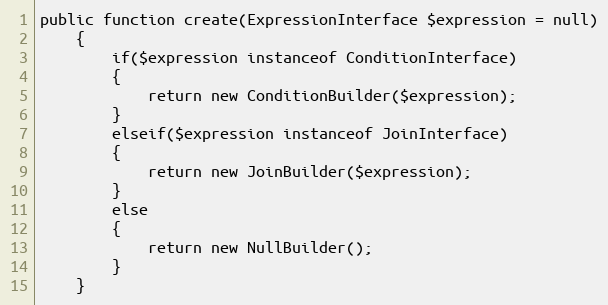
Language: PHP
public function create(ExpressionInterface $expression = null)
	{
		if($expression instanceof ConditionInterface)
		{
			return new ConditionBuilder($expression);
		}
		elseif($expression instanceof JoinInterface)
		{
			return new JoinBuilder($expression);
		}
		else
		{
			return new NullBuilder();
		}
	}